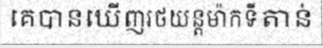
គេបានឃើញរថយន្តម៉ាកទីតាន់